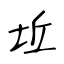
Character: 坵